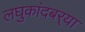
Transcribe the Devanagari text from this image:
लघुकांदबर्‍या